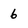
Character: 6